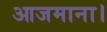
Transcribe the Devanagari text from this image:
आजमाना।